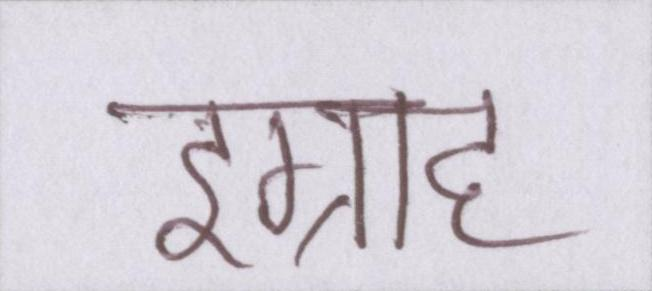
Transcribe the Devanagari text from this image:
इग्राह